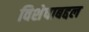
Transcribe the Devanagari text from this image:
विशेषाबद्दल